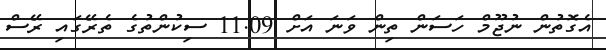
އެގޮތުން ނުޖޫމް ހަސަން ތިން ވަނަ އަށް 11.09 ސިކުންތުގެ ތެރޭގައި ރޭސް